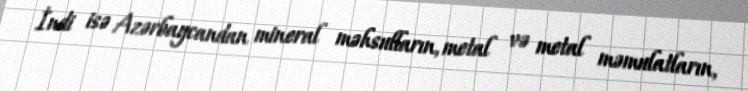
İndi isə Azərbaycandan mineral məhsulların, metal və metal məmulatların,